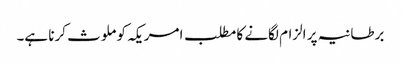
برطانیہ پر الزام لگانے کا مطلب امریکہ کو ملوث کرنا ہے۔